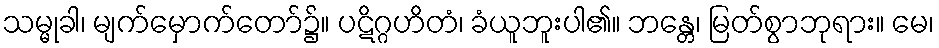
သမ္မုခါ၊ မျက်မှောက်တော်၌။ ပဋိဂ္ဂဟိတံ၊ ခံယူဘူးပါ၏။ ဘန္တေ၊ မြတ်စွာဘုရား။ မေ၊